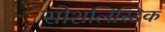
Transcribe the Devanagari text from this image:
सोशलिस्टिक